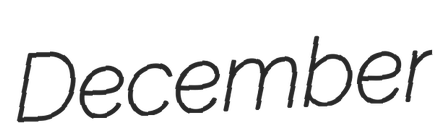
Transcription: December